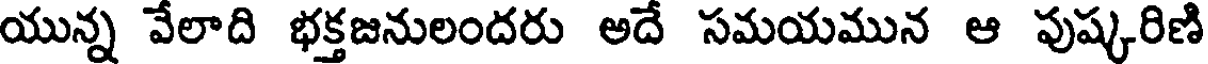
యున్న వేలాది భక్తజనులందరు అదే సమయమున ఆ పుష్కరిణి